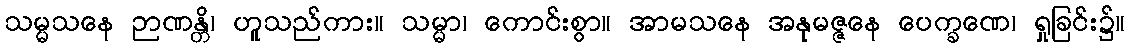
သမ္မသနေ ဉာဏန္တိ၊ ဟူသည်ကား။ သမ္မာ၊ ကောင်းစွာ။ အာမသနေ အနုမဇ္ဇနေ ပေက္ခဏေ၊ ရှုခြင်း၌။